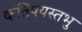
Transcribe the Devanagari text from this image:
कतिपयस्तभु